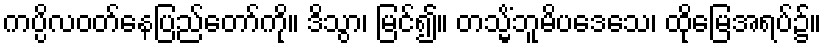
ကပ္ပိလဝတ်နေပြည်တော်ကို။ ဒိသွာ၊ မြင်၍။ တသ္မိံဘူမိပဒေသေ၊ ထိုမြေအရပ်၌။